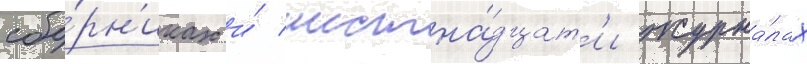
сбо́рн'иках и́ шестна́дцат'и журна́лах